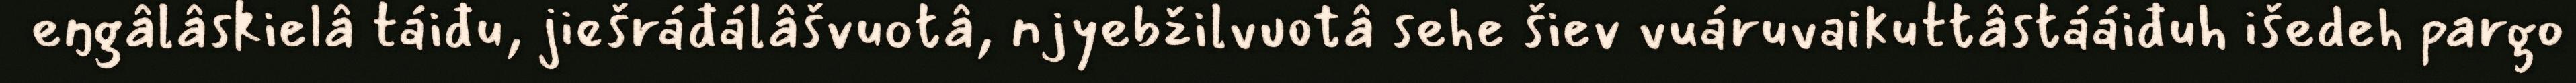
eŋgâlâskielâ táiđu, jiešráđálâšvuotâ, njyebžilvuotâ sehe šiev vuáruvaikuttâstááiđuh išedeh pargo